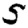
Digit: 5